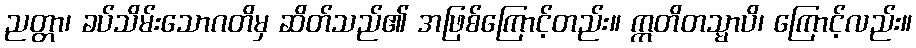
ညတ္တာ၊ ခပ်သိမ်းသောဂတိမှ ဆိတ်သည်၏ အဖြစ်ကြောင့်တည်း။ ဣတိတသ္မာပိ၊ ကြောင့်လည်း။